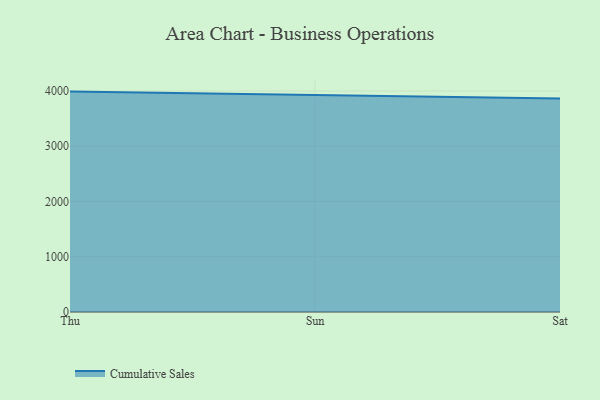
{"axis": {"x": "Day", "y": "Satisfaction Score"}, "legend": ["Cumulative Sales"], "data": [{"x": "Thu", "y": 3989.7, "type": "Cumulative Sales"}, {"x": "Sun", "y": 3929.2, "type": "Cumulative Sales"}, {"x": "Sat", "y": 3865.6, "type": "Cumulative Sales"}]}